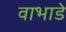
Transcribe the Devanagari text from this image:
वाभाडे